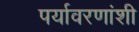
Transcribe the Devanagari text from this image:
पर्यावरणांशी